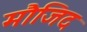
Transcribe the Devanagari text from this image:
मौजिद